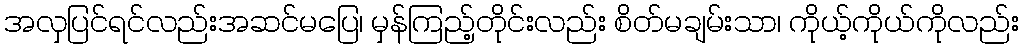
အလှပြင်ရင်လည်းအဆင်မပြေ၊ မှန်ကြည့်တိုင်းလည်း စိတ်မချမ်းသာ၊ ကိုယ့်ကိုယ်ကိုလည်း